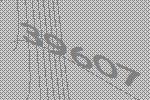
39607